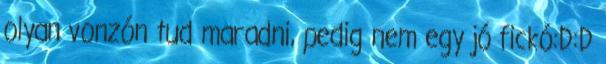
olyan vonzón tud maradni, pedig nem egy jó fickó:D:D